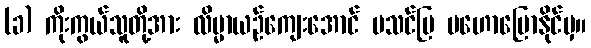
(ခ) ကိုးကွယ်သူတို့အား လိမ္မာယဉ်ကျေးအောင် မသင်ပြ မဟောပြောနိုင်မှ။